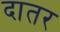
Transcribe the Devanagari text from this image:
दातर